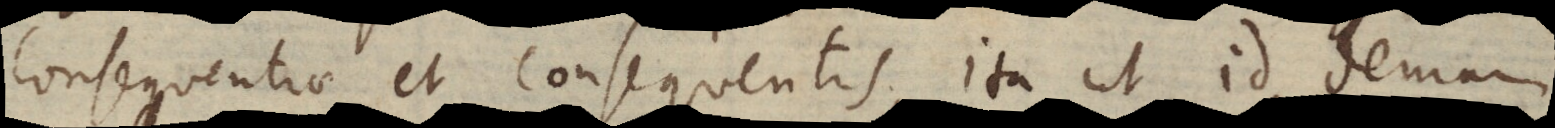
consequentiae et consequentis. Ita ut id demum